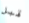
قبل